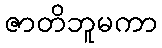
ဇာတိဘူမကာ